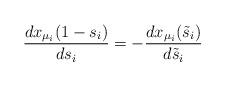
LaTeX: \begin{align*}\frac{dx_{\mu_i}(1-s_i)}{ds_i}=-\frac{dx_{\mu_i}(\tilde{s}_i)}{d\tilde{s}_i}\end{align*}